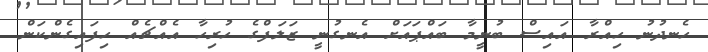
ހެނދުނު ހިއްރާ އައިސް ބުނީމާ ބައްޕައަށް އެނގުނީ ޒަލަފްގެ ހުރިހާ އެއްޗެއް ހިފައިގެންކަން